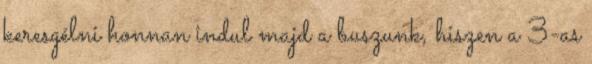
keresgélni honnan indul majd a buszunk, hiszen a 3-as